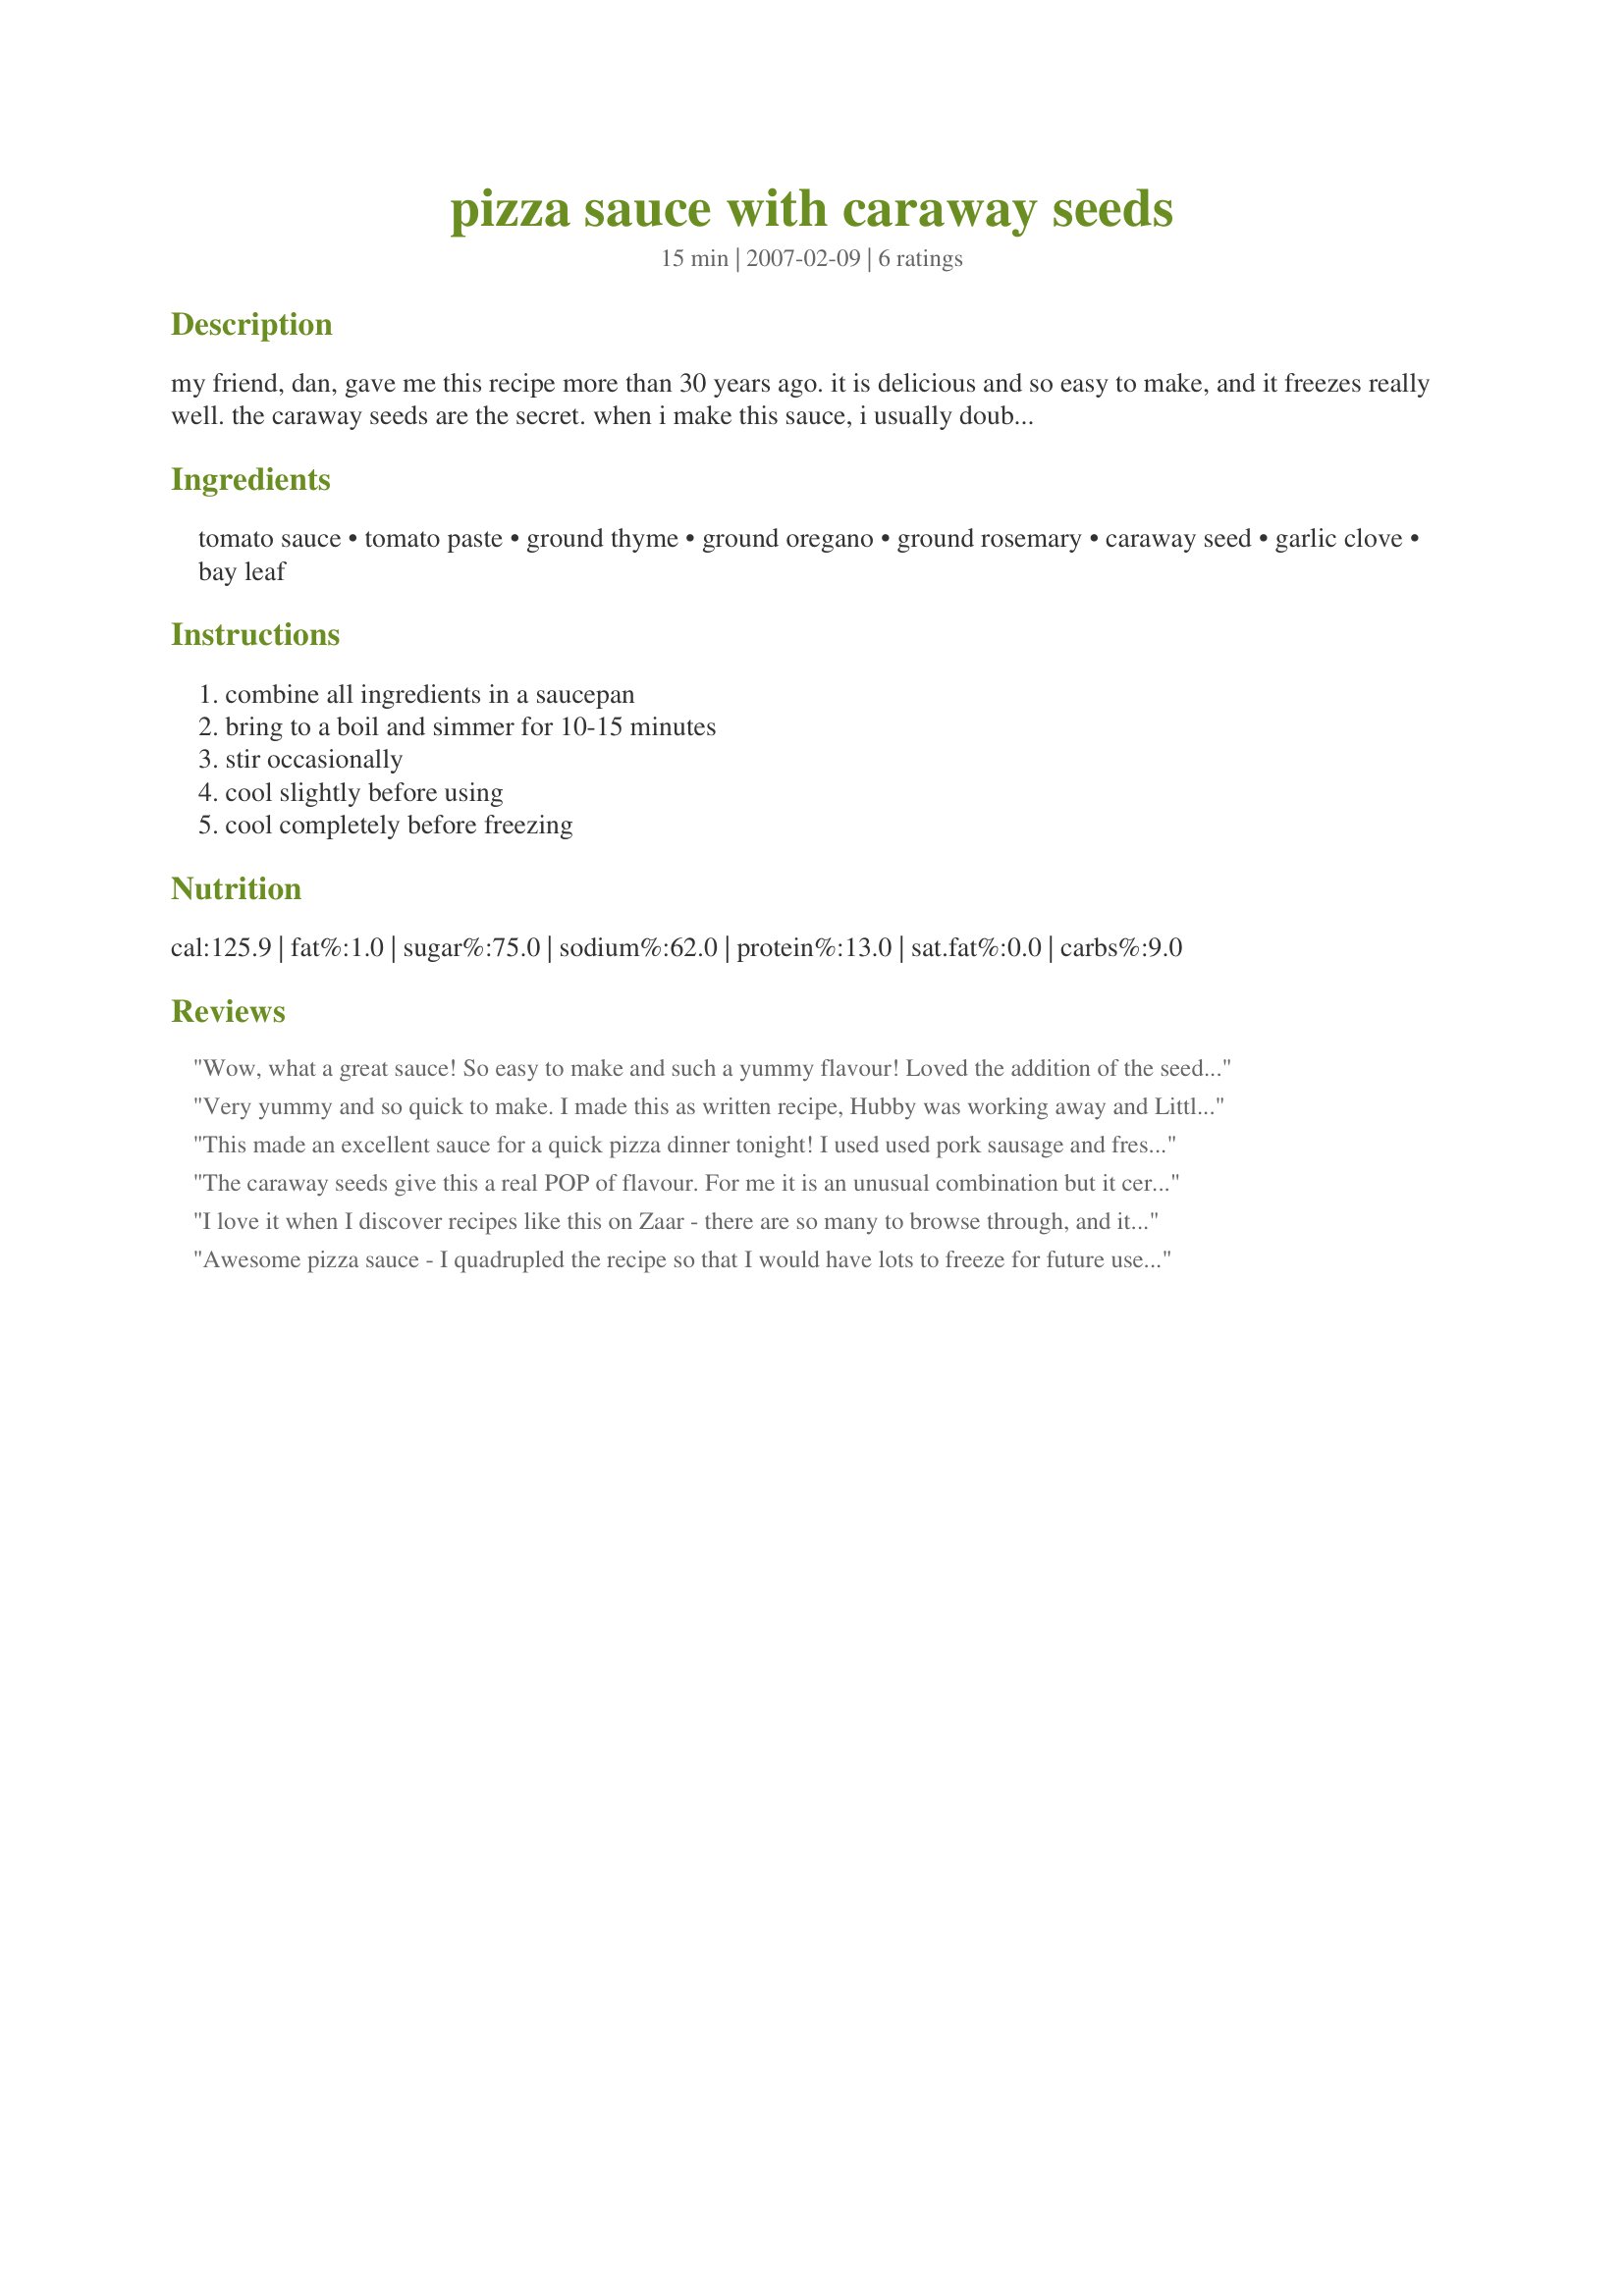
pizza sauce with caraway seeds
Preparation time: 15 minutes

my friend, dan, gave me this recipe more than 30 years ago. it is delicious and so easy to make, and it freezes really well. the caraway seeds are the secret. when i make this sauce, i usually double it. this way, i can use about one-quarter of the mixture on the pizzas for that night. then i freeze the rest—in three separate containers—for later use. a quarter of the mixture will cover about two large pizzas, but it depends on your preferences.

Ingredients:
tomato sauce, tomato paste, ground thyme, ground oregano, ground rosemary, caraway seed, garlic clove, bay leaf

Steps:
combine all ingredients in a saucepan, bring to a boil and simmer for 10-15 minutes, stir occasionally, cool slightly before using, cool completely before freezing

Reviews:
Wow, what a great sauce! So easy to make and such a yummy flavour! Loved the addition of the seeds and also the thick texture.<br/>THANK YOU SO MUCH for sharing this lovely recipe with us, Peggy! <br/>Made and reviewed for Aussie/NZ Recipe Swap #50, March 2011.
Very yummy and so quick to make. I made this as written recipe, Hubby was working away and Little Miss (DD) and I wanted a quick yet yummy dinner. This was a perfect start. We topped our pizza with red onions, diced roast chicken, pineapple, mushrooms, cheese and fresh parsley. The sauce was wonderful, not to overpowering but a perfect balance with the rest of the pizza. Thank you Peggy Leggy for posting Dan's recipe
This made an excellent sauce for a quick pizza dinner tonight! I used used pork sausage and fresh mozzarella as toppings, and the caraway was very tasty with the pork. Yum! Thanks Peggy! Made for PAC Fall 2008.
The caraway seeds give this a real POP of flavour. For me it is an unusual combination but it certainly works. I put the sauce on a bought pizza base and added mushrooms and sundried tomatoes.
I love it when I discover recipes like this on Zaar - there are so many to browse through, and it was pure luck that I grabbed this as a Tagged recipe, that I even got to make it at all! The secret is without doubt the caraway seeds; it has a very similar taste to an Italian pork dish I do with fennel seeds. I made the amounts stated, which covered two of my own Chorizo, Onion and Goat's Cheese Pizzas, about 12" in diameter. The herb combination is also delicious. I plan to make a double batch of this sauce later on this week - I can see possibilities for pasta and baked gratin dishes too! Made for an Aussie/NZ tag game - THANK GOODNESS! FT:-)
Awesome pizza sauce - I quadrupled the recipe so that I would have lots to freeze for future use. I used it twice this week for 2 different sleep-overs. I used it on the pizzas themselves, and also served extra sauce on the side to dip the pizza crust into. This is very similar to the pizza sauce I normally throw together - now I have actual measurements to go by! Thanks for posting - made for Aussie/NZ Recipe Swap July 2008.
